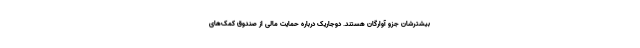
بیشترشان جزو آوارگان هستند. دوجاریک درباره حمایت مالی از صندوق کمک‌های